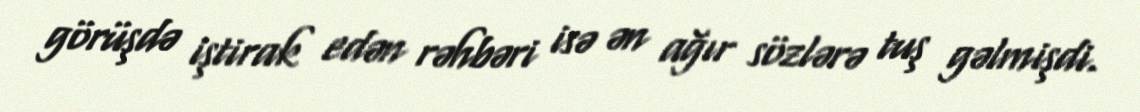
görüşdə iştirak edən rəhbəri isə ən ağır sözlərə tuş gəlmişdi.